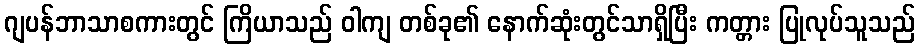
ဂျပန်ဘာသာစကားတွင် ကြိယာသည် ဝါကျ တစ်ခု၏ နောက်ဆုံးတွင်သာရှိပြီး ကတ္တား ပြုလုပ်သူသည်